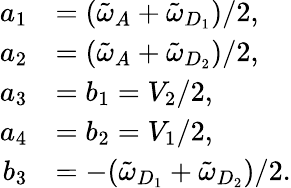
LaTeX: \begin{array}{rl}{a_{1}}&{=(\tilde{\omega}_{A}+\tilde{\omega}_{D_{1}})/2,}\\ {a_{2}}&{=(\tilde{\omega}_{A}+\tilde{\omega}_{D_{2}})/2,}\\ {a_{3}}&{=b_{1}=V_{2}/2,}\\ {a_{4}}&{=b_{2}=V_{1}/2,}\\ {b_{3}}&{=-(\tilde{\omega}_{D_{1}}+\tilde{\omega}_{D_{2}})/2.}\end{array}